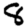
Digit: 8